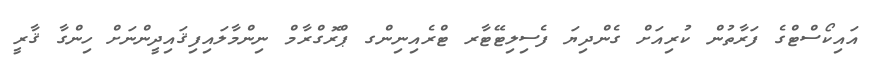
އައިކޯސްޓްގެ ފަރާތުން ކުރިއަށް ގެންދިޔަ ފެސިލިޓޭޓާރ ޓްރެއިނިންގ ޕްރޮގްރާމް ނިންމާލައިފިޤައިދީންނަށް ހިންގާ ޤާރީ